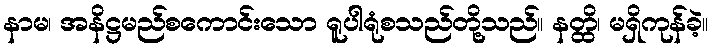
နာမ၊ အနိဋ္ဌမည်စကောင်းသော ရူပါရုံစသည်တို့သည်။ နတ္ထိ၊ မရှိကုန်ခဲ့။